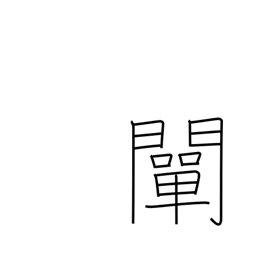
Meaning: clarify